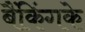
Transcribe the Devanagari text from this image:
बैंकिंगके